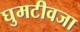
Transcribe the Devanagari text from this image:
घुमटीवजा